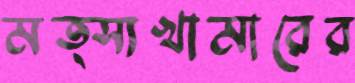
মত্স্যখামারের